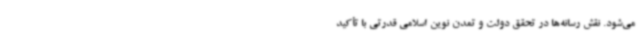
می‌شود. نقش رسانه‌ها در تحقق دولت و تمدن نوین اسلامی قدرتی با تأکید